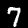
Label: 7